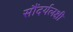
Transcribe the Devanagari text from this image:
सौंदर्यलक्षी